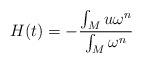
LaTeX: \begin{align*}H(t) = - \frac{\int_M u \omega^n}{\int_M \omega^n}\end{align*}